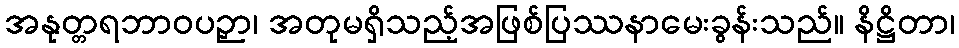
အနုတ္တရဘာဝပဉှာ၊ အတုမရှိသည့်အဖြစ်ပြဿနာမေးခွန်းသည်။ နိဋ္ဌိတာ၊